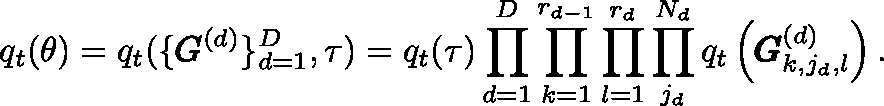
q _ { t } ( \mathbf { \theta } ) = q _ { t } ( \{ \pmb { \mathscr { G } } ^ { ( d ) } \} _ { d = 1 } ^ { D } , \tau ) = q _ { t } ( \tau ) \prod _ { d = 1 } ^ { D } \prod _ { k = 1 } ^ { r _ { d - 1 } } \prod _ { l = 1 } ^ { r _ { d } } \prod _ { j _ { d } } ^ { N _ { d } } q _ { t } \left( \pmb { \mathscr { G } } _ { k , j _ { d } , l } ^ { ( d ) } \right) .